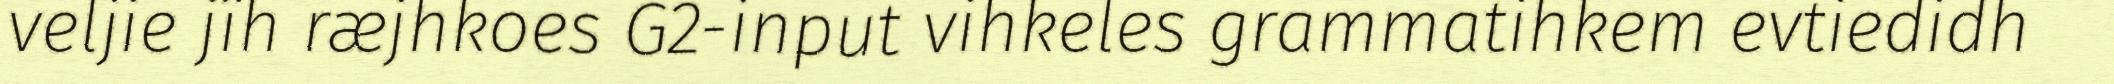
veljie jïh ræjhkoes G2-input vihkeles grammatihkem evtiedidh